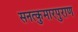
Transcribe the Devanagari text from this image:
सनत्कुमारपुराण